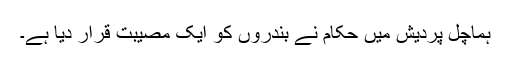
ہماچل پردیش میں حکام نے بندروں کو ایک مصیبت قرار دیا ہے۔